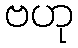
ဗဟု